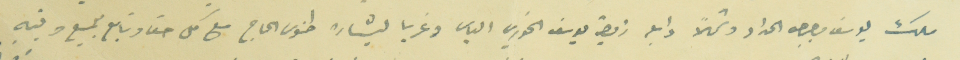
ملك يوسف بصيبص الحداد وشمالاً دابله زوجة يوسف الخوري الياس وغربا لبشاره طنوس الحاج مع كل حق وتابع للجميع وفيه